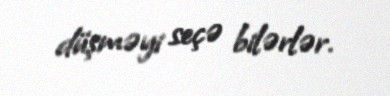
düşməyi seçə bilərlər.